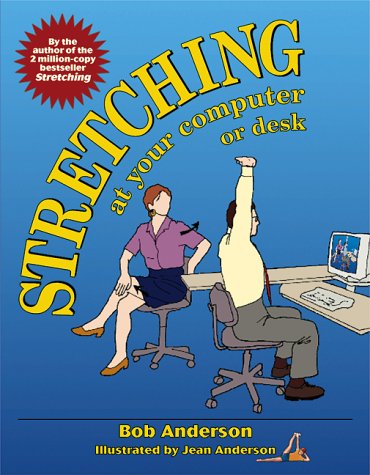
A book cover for Stretching at Your Computer or Desk; Bob Anderson; Health, Fitness & Dieting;